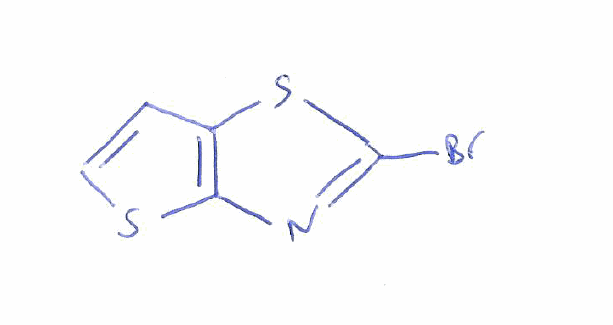
Simplified molecular-input line-entry system (SMILES) notation of the given molecule:
C1=CSC2=C1SC(=N2)Br